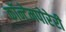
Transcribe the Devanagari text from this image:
कॉन्टेमपोरेरी